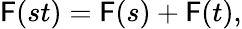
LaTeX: \mathsf{F}(st)=\mathsf{F}(s)+\mathsf{F}(t),